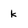
Character: k